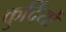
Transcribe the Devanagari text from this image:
कुर्दियों